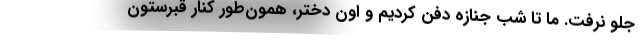
جلو نرفت. ما تا شب جنازه دفن كرديم و اون دختر، همون‌طور كنار قبرستون